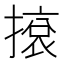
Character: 㨰